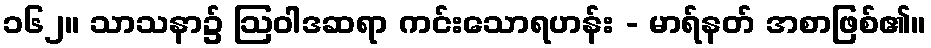
၁၆၂။ သာသနာ၌ ဩဝါဒဆရာ ကင်းသောရဟန်း - မာရ်နတ် အစာဖြစ်၏။